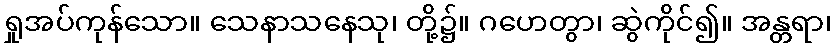
ရှုအပ်ကုန်သော။ သေနာသနေသု၊ တို့၌။ ဂဟေတွာ၊ ဆွဲကိုင်၍။ အန္တရာ၊